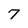
Character: 7